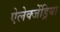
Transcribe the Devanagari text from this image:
ऐलेक्जेंड्रिया